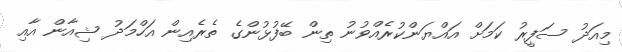
މިއަދު ސަފީރު ކަމަށް އައްޔަންކުރެއްވުނު ތިން ބޭފުޅުންގެ ތެރެއިން އަހްމަދު ޝިއާން އާއި